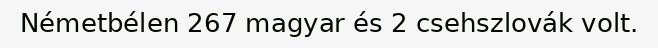
Németbélen 267 magyar és 2 csehszlovák volt.